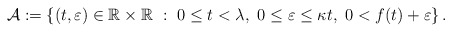
\begin{align*} {\mathcal{A}}:=\left\{(t,\varepsilon)\in\mathbb{R}\times\mathbb{R}~:~0\leq t<\lambda, ~ 0\leq\varepsilon\leq \kappa t, ~ 0<f(t)+\varepsilon \right\}.\end{align*}